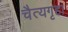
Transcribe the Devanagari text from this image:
चैत्यगृहा